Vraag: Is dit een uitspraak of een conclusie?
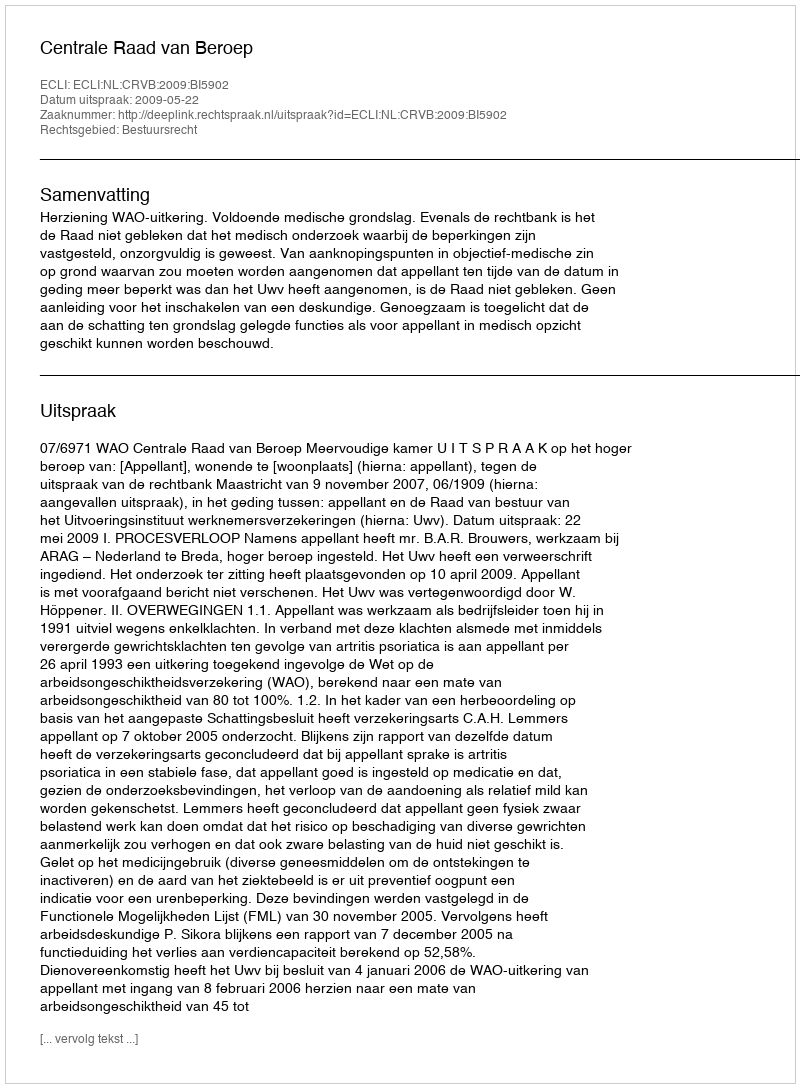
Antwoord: Uitspraak